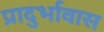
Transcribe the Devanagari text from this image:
प्रादुर्भावास